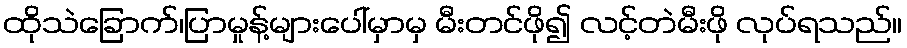
ထိုသဲခြောက်၊ပြာမှုန့်များပေါ်မှာမှ မီးတင်ဖို၍ လင့်တဲမီးဖို လုပ်ရသည်။